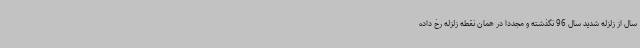
سال از زلزله شدید سال 96 نگذشته و مجددا در همان نقطه زلزله رخ داده